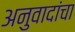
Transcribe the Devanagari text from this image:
अनुवादांचा